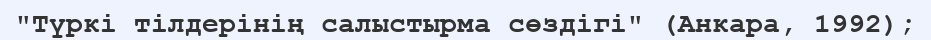
"Түркі тілдерінің салыстырма сөздігі" (Анкара, 1992);